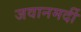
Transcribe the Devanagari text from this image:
जवानमर्दी